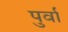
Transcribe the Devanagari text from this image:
पुर्वा